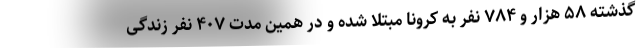
گذشته ۵۸ هزار و ۷۸۴ نفر به کرونا مبتلا شده و در همین مدت ۴۰۷ نفر زندگی